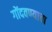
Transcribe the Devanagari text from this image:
गोंदवण्याचा